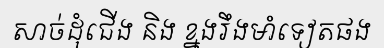
សាច់ដុំជើង និង ខ្នងរឹងមាំទៀតផង